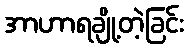
အာဟာရချို့တဲ့ခြင်း